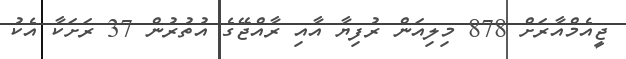
ޖީއެމްއާރަށް 878 މިލިއަން ރުފިޔާ އާއި ރާއްޖޭގެ އުތުރުން 37 ރަށަކާ އެކު